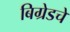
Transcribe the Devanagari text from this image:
बिग्रेडचे